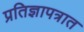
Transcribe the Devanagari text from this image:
प्रतिज्ञापत्रात